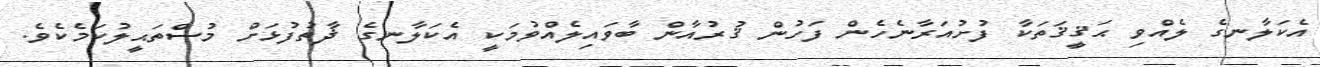
އެކަލާނގެ ލެއްވި ޙަޤީޤަތަކާ ފުށުއަރާނެހެން ފަހުން ޤުރުއާން ބާވައިލެއްވުމަކީ އެކަލާނގެ ޛާތުފުޅަށް މުސްތަޙީލުކަމެކެވެ.